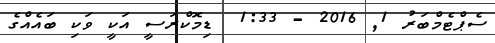
ސެޕްޓެމްބަރު 1